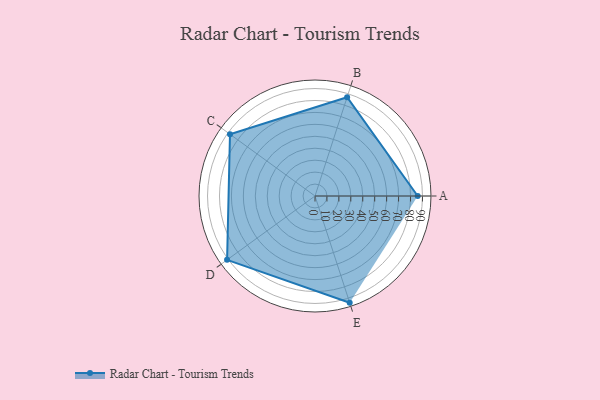
{"axis": {"x": "Skill", "y": "Score"}, "legend": ["Profile"], "data": [{"x": "A", "y": 86.0, "type": "Profile"}, {"x": "B", "y": 87.0, "type": "Profile"}, {"x": "C", "y": 88.0, "type": "Profile"}, {"x": "D", "y": 91.0, "type": "Profile"}, {"x": "E", "y": 94.0, "type": "Profile"}]}